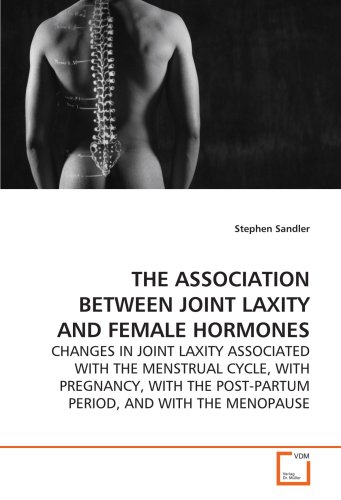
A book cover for THE ASSOCIATION BETWEEN JOINT LAXITY AND FEMALE HORMONES: CHANGES IN JOINT LAXITY ASSOCIATED WITH THE MENSTRUAL CYCLE, WITH PREGNANCY, WITH THE POST-PARTUM PERIOD, AND WITH THE MENOPAUSE; Stephen Sandler; Health, Fitness & Dieting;